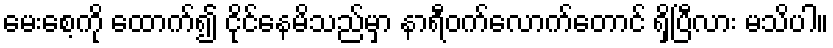
မေးစေ့ကို ထောက်၍ ငိုင်နေမိသည်မှာ နာရီဝက်လောက်တောင် ရှိပြီလား မသိပါ။